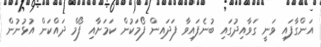
އަންގާފައި ވަނީ ގަވާއިދުގައި ބުނެފައިވާ ފަދައިން ފޯމަކުން ކަމަށާއި ފޯމް ދައްކަން އުޅުނުން